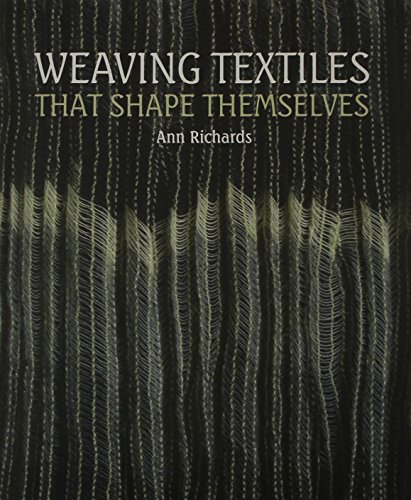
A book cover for Weaving Textiles That Shape Themselves; Ann Richards; Crafts, Hobbies & Home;